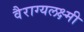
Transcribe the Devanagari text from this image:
वैराग्यलक्ष्मी